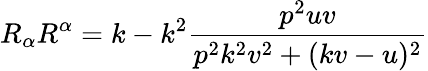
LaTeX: R_{\alpha}R^{\alpha}=k-k^{2}\frac{p^{2}uv}{p^{2}k^{2}v^{2}+(kv-u)^{2}}